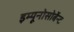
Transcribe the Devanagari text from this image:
इम्यूनोसोर्बेन्ट